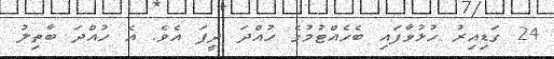
24 ގަޑިއިރު ހުޅުވާފައި ބެހެއްޓުމުގެ ހުއްދަ ދީފަ އެވެ. އެ ހުއްދަ ބާތިލު